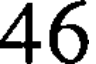
46